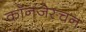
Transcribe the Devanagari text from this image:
कॉनजेस्चन